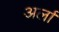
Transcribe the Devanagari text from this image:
अर्ला